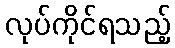
လုပ်ကိုင်ရသည့်